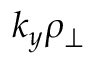
k _ { y } \rho _ { \perp }